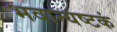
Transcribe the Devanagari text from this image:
भवान्यष्टकं